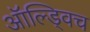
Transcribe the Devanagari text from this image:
ऑल्ड्विच